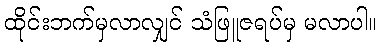
ထိုင်းဘက်မှလာလျှင် သံဖြူဇရပ်မှ မလာပါ။